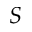
S